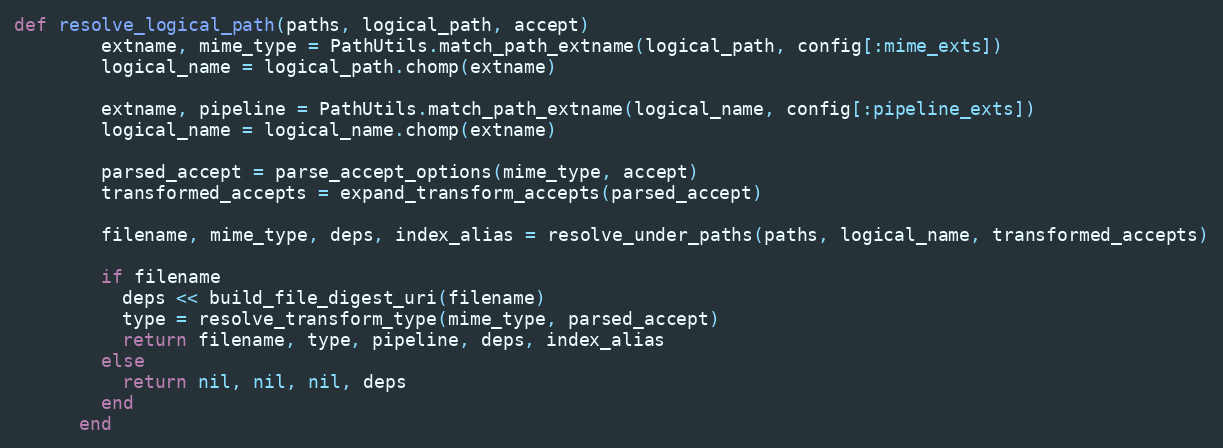
Language: Ruby
def resolve_logical_path(paths, logical_path, accept)
        extname, mime_type = PathUtils.match_path_extname(logical_path, config[:mime_exts])
        logical_name = logical_path.chomp(extname)

        extname, pipeline = PathUtils.match_path_extname(logical_name, config[:pipeline_exts])
        logical_name = logical_name.chomp(extname)

        parsed_accept = parse_accept_options(mime_type, accept)
        transformed_accepts = expand_transform_accepts(parsed_accept)

        filename, mime_type, deps, index_alias = resolve_under_paths(paths, logical_name, transformed_accepts)

        if filename
          deps << build_file_digest_uri(filename)
          type = resolve_transform_type(mime_type, parsed_accept)
          return filename, type, pipeline, deps, index_alias
        else
          return nil, nil, nil, deps
        end
      end